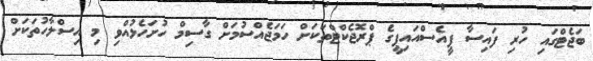
ބަޖެޓްގައި ހުރި ފައިސާ ޕީއެސްއައިޕީގެ ޕްރޮޖެކްޓްތަކަށް ހަމަޖެއްސުމަށް ގާސިމް ހުށަހެޅުއްވި މި އިސްލާހުތަކަށް